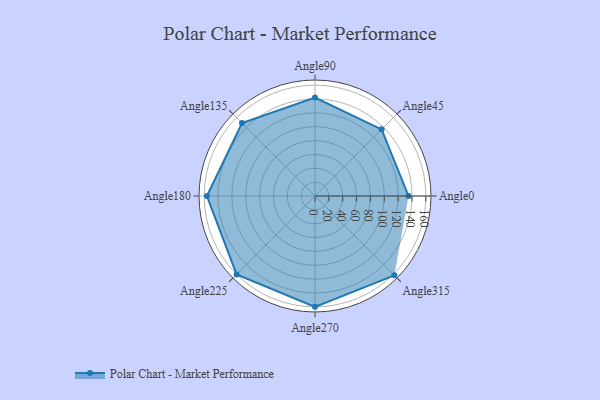
{"axis": {"x": "Angle", "y": "Radius"}, "legend": [""], "data": [{"x": "Angle0", "y": 135.0, "type": ""}, {"x": "Angle45", "y": 136.0, "type": ""}, {"x": "Angle90", "y": 142.0, "type": ""}, {"x": "Angle135", "y": 149.0, "type": ""}, {"x": "Angle180", "y": 156.0, "type": ""}, {"x": "Angle225", "y": 160.0, "type": ""}, {"x": "Angle270", "y": 160.0, "type": ""}, {"x": "Angle315", "y": 162.0, "type": ""}]}